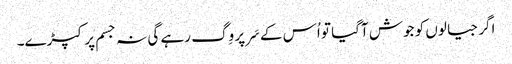
اگر جیالوں کو جوش آگیا تو اُس کے سَر پر وِگ رہے گی نہ جسم پر کپڑے۔